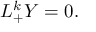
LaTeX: L _ { + } ^ { k } Y = 0 .